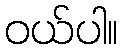
ဝယ်ပါ။